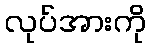
လုပ်အားကို